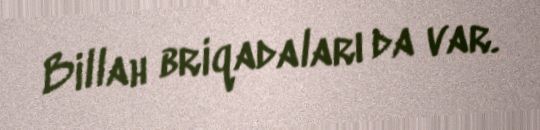
Billah briqadaları da var.